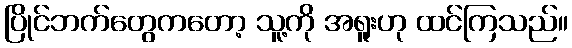
ပြိုင်ဘက်တွေကတော့ သူ့ကို အရူးဟု ထင်ကြသည်။